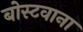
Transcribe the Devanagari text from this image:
बोस्टवाना